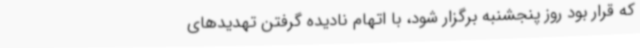
که قرار بود روز پنجشنبه برگزار شود، با اتهام نادیده گرفتن تهدیدهای